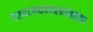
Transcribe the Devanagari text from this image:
पर्यटनव्यवसायाच्या